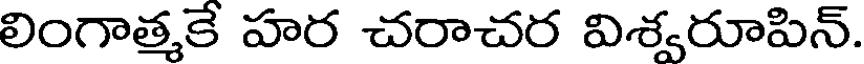
లింగాత్మకే హర చరాచర విశ్వరూపిన్.